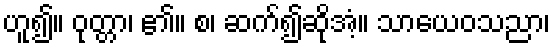
ဟူ၍။ ဝုတ္တာ၊ ၏။ စ၊ ဆက်၍ဆိုအံ့။ သာယေဝသညာ၊